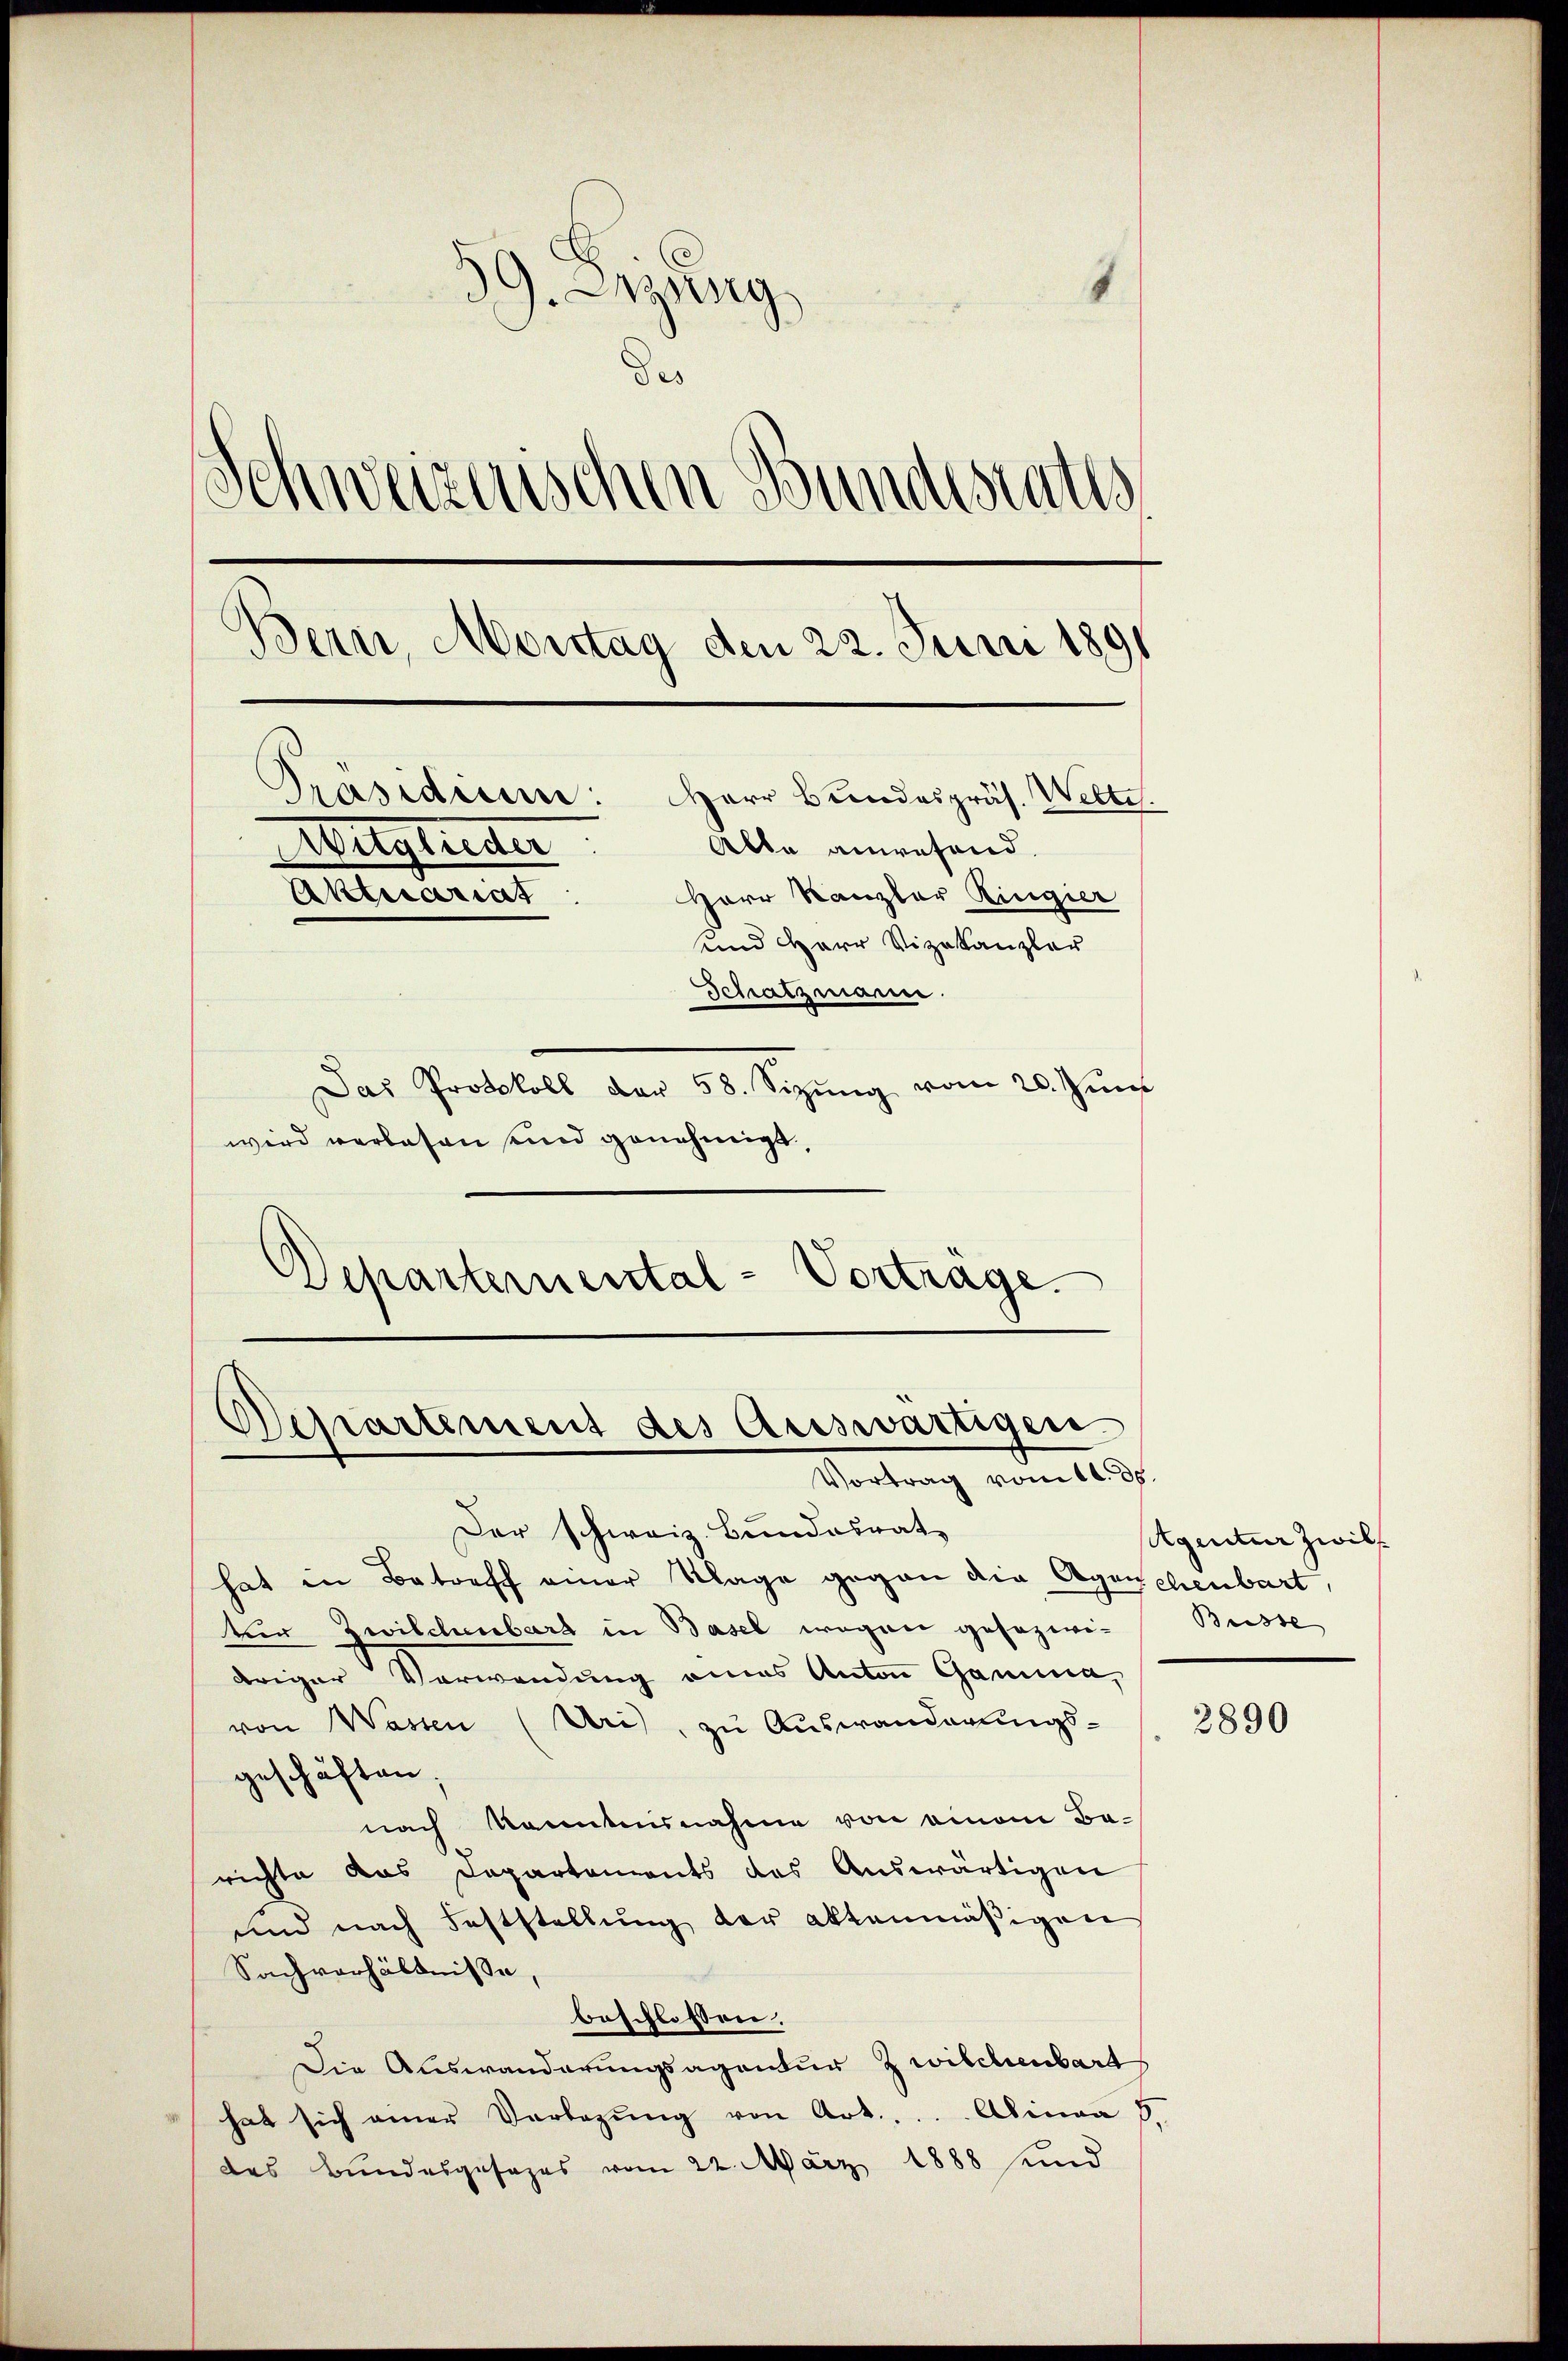
39. Sitzung
des
.
weizerischen Bundesrates
dern, Montag den 22. Juni 1891
Präsidium: Herr Bundespräs. Wette.
Alle anwesend.
Mitglieder
Herr Kanzler Ringier
Aktuariat
und Herr Vizekanzler
Schatzmann.
Das Protokoll der 58. Sizŭng vom 20. Juni
wird verlesen sind genehmigt,

Departernental-Vorträge.

Departement des Auswärtigen.
Vortrag vom 14. ds.

Der schweiz. Bundesrat
hat in Betreff einer Klage gegen die Agenchenbart,
ter Zwilchenbarg in Basel wegen gesezwi-
driger Verwendung eines Anton Gamma,
von Wassen (Uri), zu Auswanderungs-
geschäften;
nach kanntnisnahme von einem Berichte das Departements des Auswärtigen
und nach Feststellung der aktenmäßigen
Sachverhältnisse,
beschlossen.
Die Auswanderungsagentur Zwilchenbart
hat sich aner Verlegŭng von Art.. ..  Alinea 5.
des Bundesgesages vom 22. März 1888 und

Agentur zwil
Buisse

2890